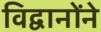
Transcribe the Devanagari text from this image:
विद्वानोंने